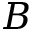
B